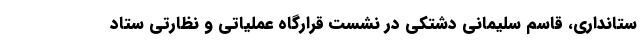
ستانداری، قاسم سلیمانی دشتکی در نشست قرارگاه عملیاتی و نظارتی ستاد